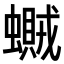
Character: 𧒿